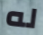
له